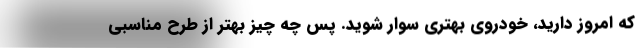
که امروز دارید، خودروی بهتری سوار شوید. پس چه چیز بهتر از طرح مناسبی